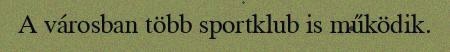
A városban több sportklub is működik.